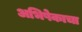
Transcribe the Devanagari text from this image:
अभिषेकाचा